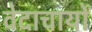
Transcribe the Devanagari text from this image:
वेदाचार्यों